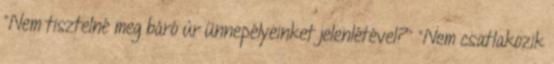
"Nem tisztelné meg báró úr ünnepélyeinket jelenlétével?" "Nem csatlakozik